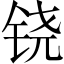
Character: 铙